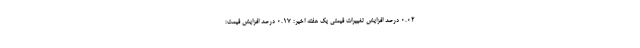
۰.۰۲ درصد افزایش تغییرات قیمتی یک هفته اخیر: ۰.۱۷ درصد افزایش قیمت: